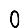
Digit: 0